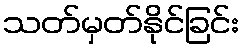
သတ်မှတ်နိုင်ခြင်း